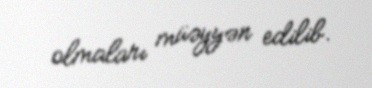
olmaları müəyyən edilib.